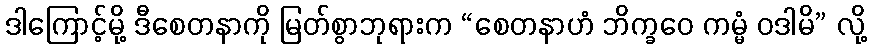
ဒါကြောင့်မို့ ဒီစေတနာကို မြတ်စွာဘုရားက “စေတနာဟံ ဘိက္ခဝေ ကမ္မံ ဝဒါမိ” လို့